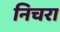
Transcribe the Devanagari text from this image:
निचरा